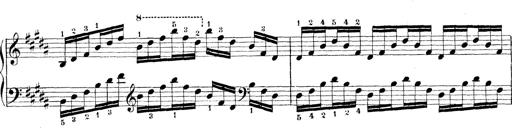
Title: Technische Studien
Composer: Franz Liszt